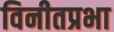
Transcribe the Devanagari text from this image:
विनीतप्रभा